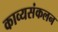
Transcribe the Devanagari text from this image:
काव्यसंकलन